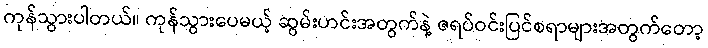
ကုန်သွားပါတယ်။ ကုန်သွားပေမယ့် ဆွမ်းဟင်းအတွက်နဲ့ ဇရပ်ဝင်းပြင်စရာများအတွက်တော့